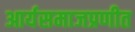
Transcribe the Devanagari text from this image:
आर्यसमाजप्रणीत